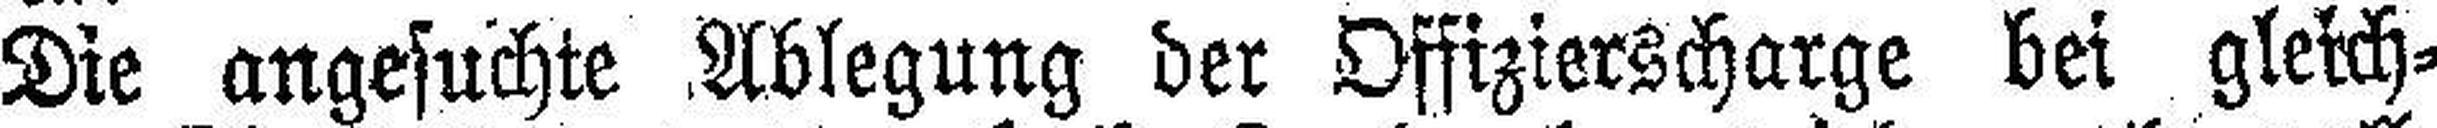
Die angesuchte Ablegung der Offizierscharge bei gleich¬